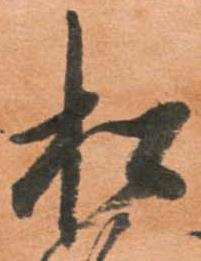
松